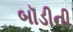
બૉડીની